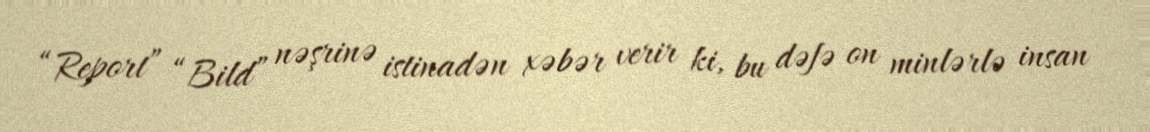
“Report” “Bild” nəşrinə istinadən xəbər verir ki, bu dəfə on minlərlə insan